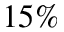
1 5 \%